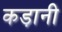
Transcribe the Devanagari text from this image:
कड़ानी